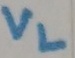
Text: VL